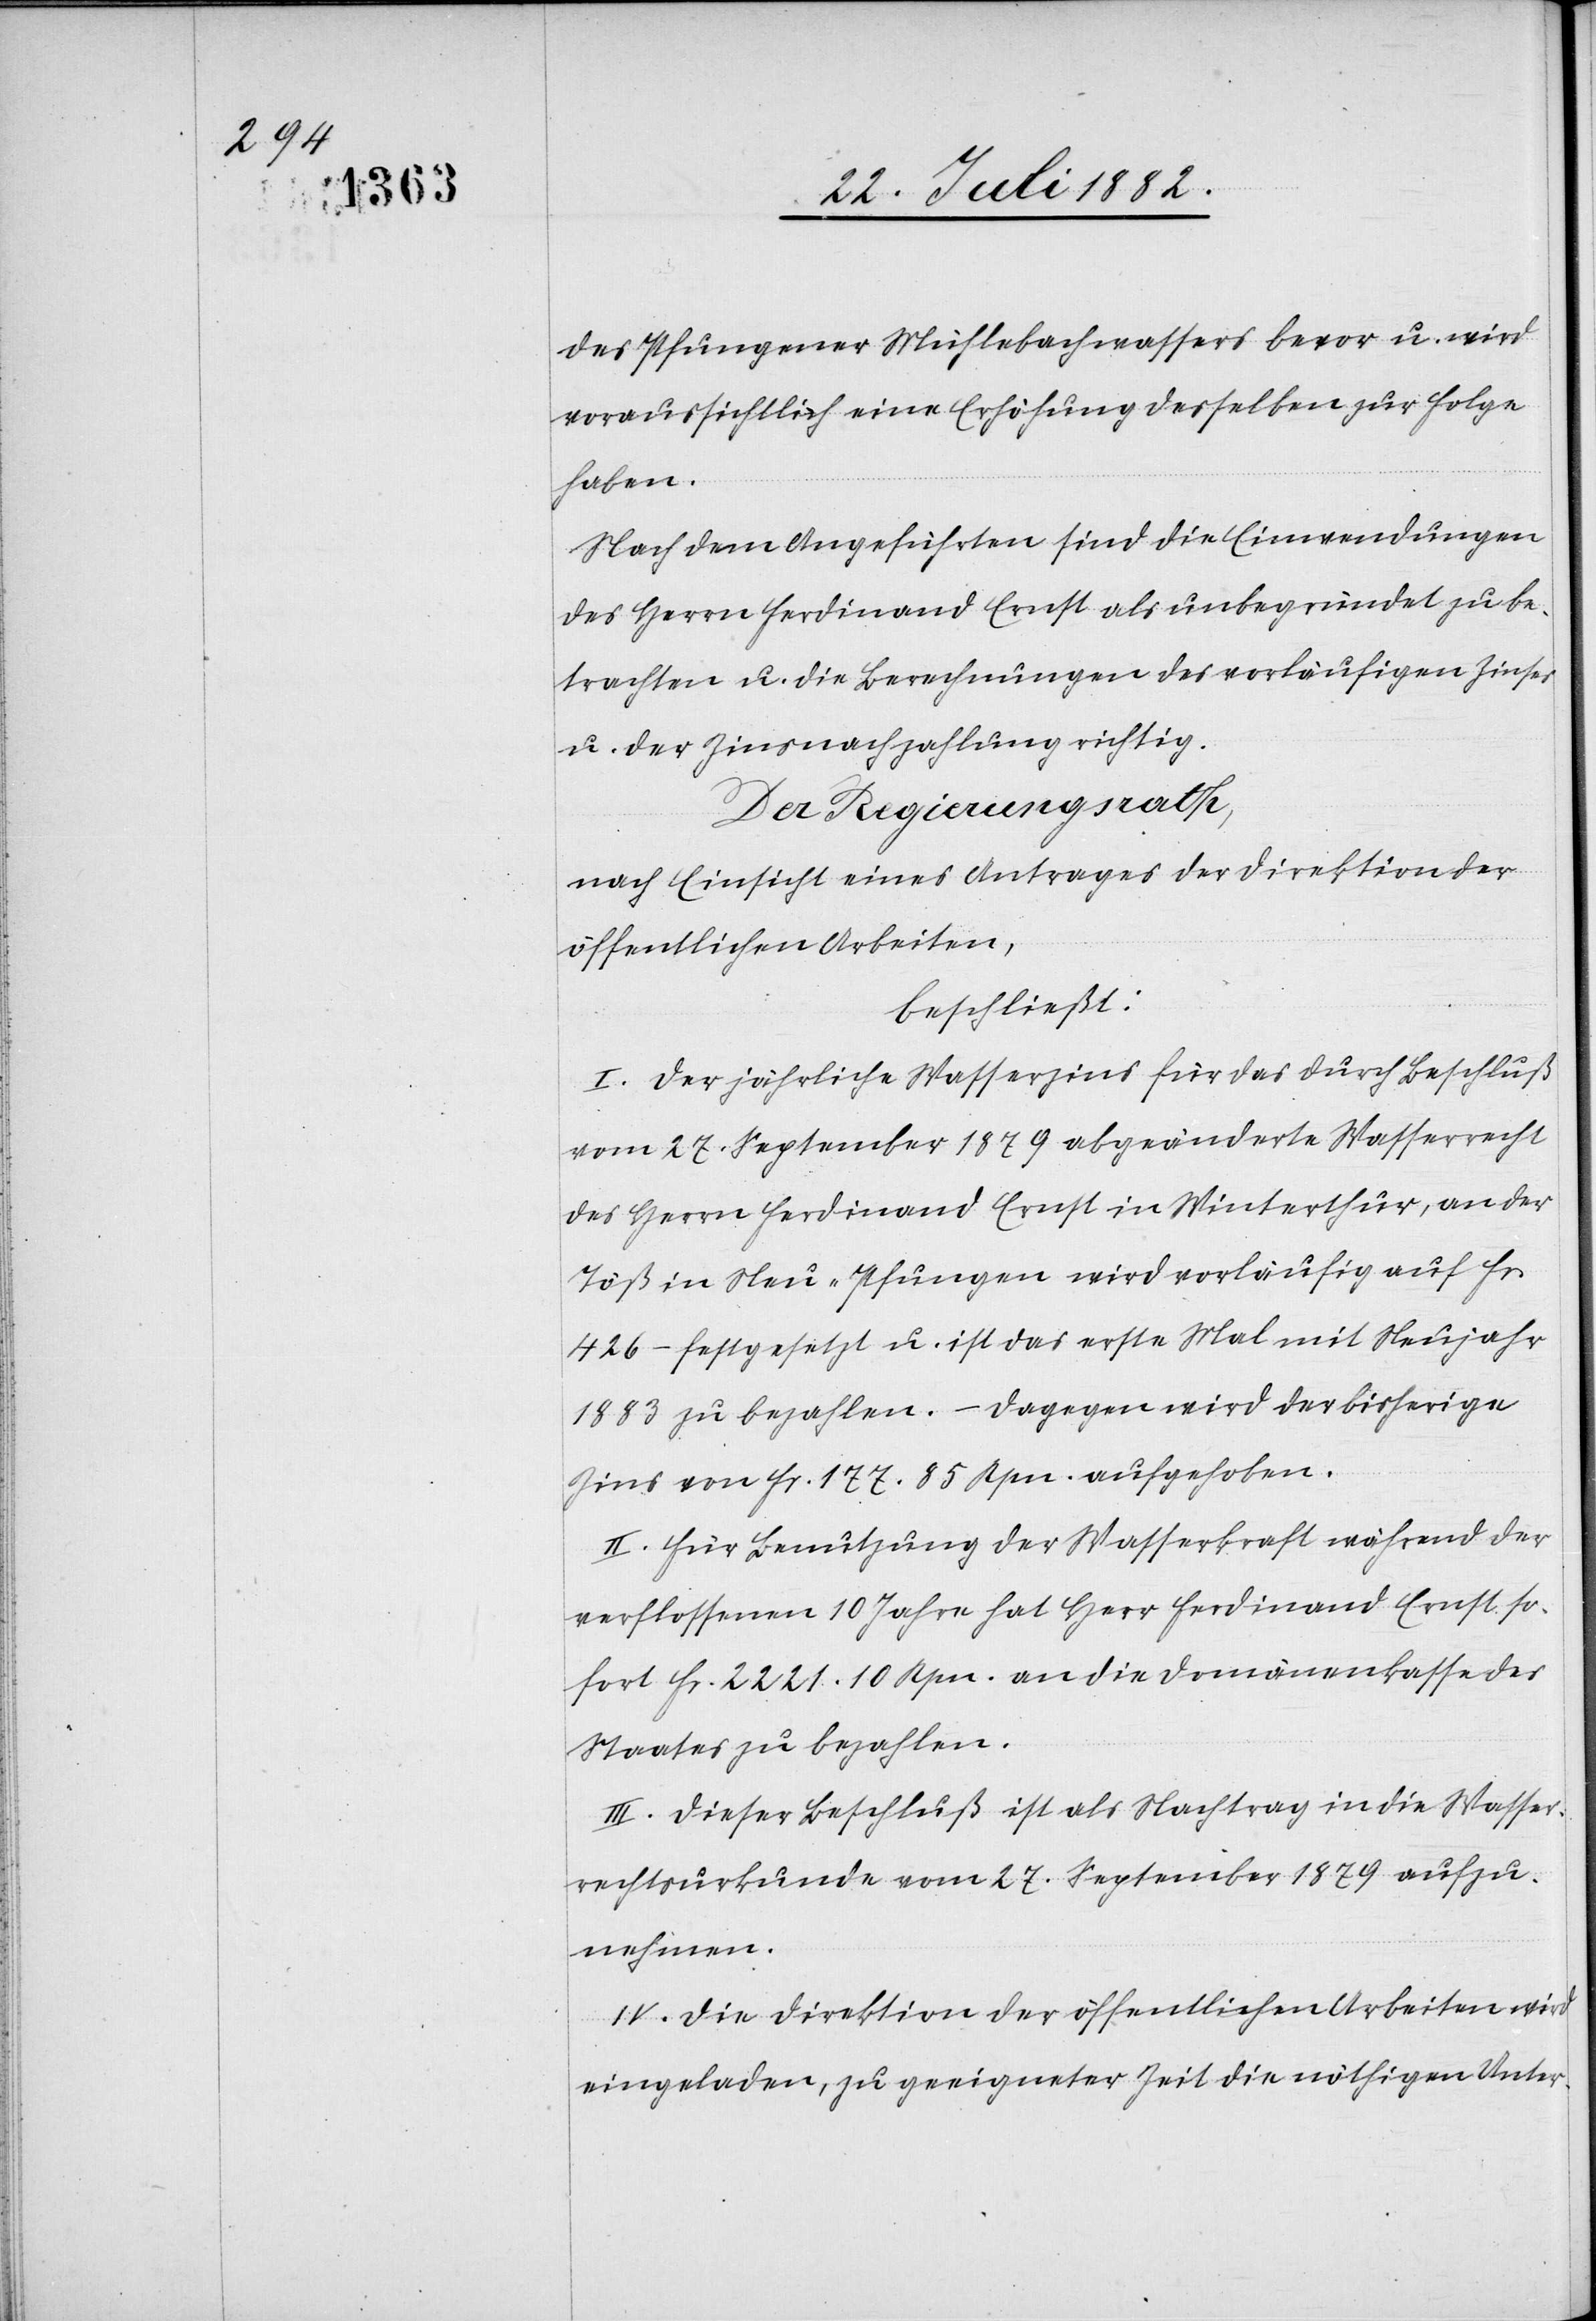
des Pfungener Mühlebachwassers bevor u. wird
voraussichtlich eine Erhöhung desselben zur Folge
haben.
Nach dem Angeführten sind die Einwendungen
des Herrn Ferdinand Ernst als unbegründet zu be¬
trachten u. die Berechnungen des vorläufigen Zinses
u. der Zinsnachzahlung richtig.
Der Regierungsrath,
nach Einsicht eines Antrages der Direktion der
öffentlichen Arbeiten,
beschließt:
I. Der jährliche Wasserzins für das durch Beschluß
vom 27. September 1879 abgeänderte Wasserrecht
des Herrn Ferdinand Ernst in Winterthur, an der
Töß in Neu-Pfungen wird vorläufig auf Fr.
426 – festgesetzt u. ist das erste Mal mit Neujahr
1883 zu bezahlen. – Dagegen wird der bisherige
Zins von Fr. 177. 85 Rpn. aufgehoben.
II. Für Benutzung der Wasserkraft während der
verflossenen 10 Jahre hat Herr Ferdinand Ernst so¬
fort Fr. 2221. 10 Rpn. an die Domänenkasse des
Staates zu bezahlen.
III. Dieser Beschluß ist als Nachtrag in die Wasser¬
rechtsurkunde vom 27. September 1879 aufzu¬
nehmen.
IV. Die Direktion der öffentlichen Arbeiten wird
eingeladen, zu geeigneter Zeit die nöthigen Unter-